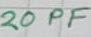
Text: 20PF